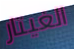
الغيتار